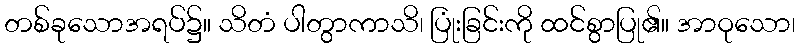
တစ်ခုသောအရပ်၌။ သိတံ ပါတွာကာသိ၊ ပြုံးခြင်းကို ထင်စွာပြု၏။ အာဝုသော၊